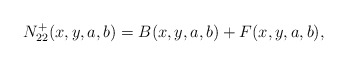
\begin{align*}N_{22}^{+}(x,y,a,b)=B(x,y,a,b)+F(x,y,a,b),\end{align*}